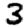
Digit: 3